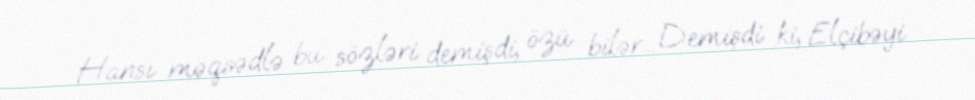
Hansı məqsədlə bu sözləri demişdi, özü bilər... Demişdi ki, Elçibəyi